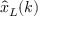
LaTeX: { \hat { x } } _ { L } ( k )